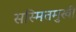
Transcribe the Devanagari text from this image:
सस्मितमुखी